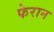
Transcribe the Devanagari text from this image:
फेरान